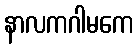
နာလကဂါမကေ